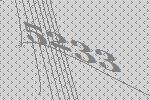
5233